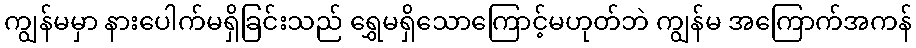
ကျွန်မမှာ နားပေါက်မရှိခြင်းသည် ရွှေမရှိသောကြောင့်မဟုတ်ဘဲ ကျွန်မ အကြောက်အကန်